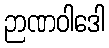
ဉာဏဝါဒေါ